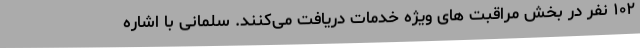
۱۰۲ نفر در بخش مراقبت های ویژه خدمات دریافت می‌کنند. سلمانی با اشاره